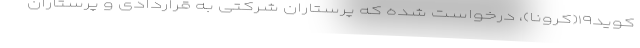
کوید۱۹(کرونا)، درخواست شده که پرستاران شرکتی به قراردادی و پرستاران